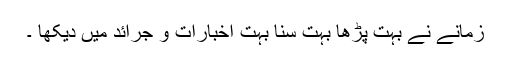
زمانے نے بہت پڑھا بہت سُنا بہت اخبارات و جرائد میں دیکھا ۔